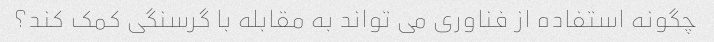
چگونه استفاده از فناوری می تواند به مقابله با گرسنگی کمک کند؟